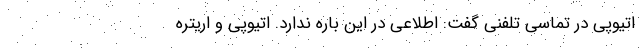
اتیوپی در تماسی تلفنی گفت: اطلاعی در این باره ندارد. اتیوپی و اریتره